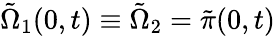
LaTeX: \tilde{\Omega}_{1}(0,t)\equiv\tilde{\Omega}_{2}=\tilde{\pi}(0,t)